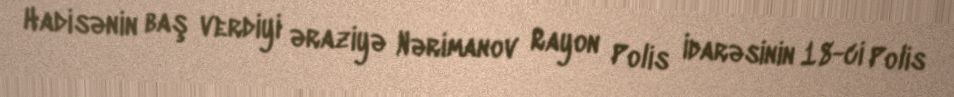
Hadisənin baş verdiyi əraziyə Nərimanov Rayon Polis İdarəsinin 18-ci Polis